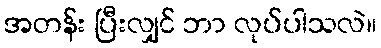
အတန်း ပြီးလျှင် ဘာ လုပ်ပါသလဲ။